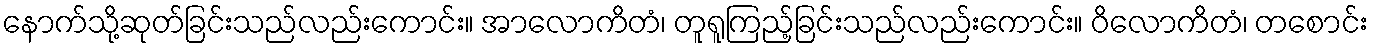
နောက်သို့ဆုတ်ခြင်းသည်လည်းကောင်း။ အာလောကိတံ၊ တူရူကြည့်ခြင်းသည်လည်းကောင်း။ ဝိလောကိတံ၊ တစောင်း